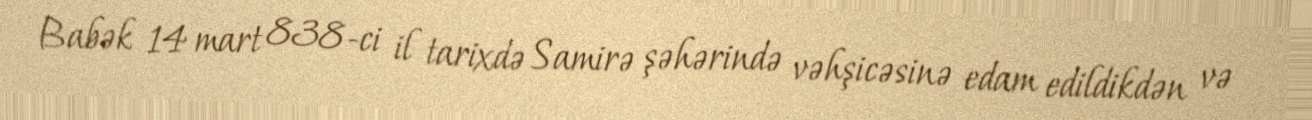
Babək 14 mart 838-ci il tarixdə Samirə şəhərində vəhşicəsinə edam edildikdən və